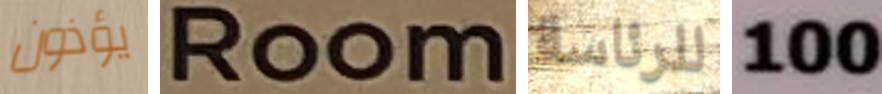
يؤذون Room للرئاسة 100